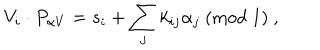
V _ { i } \cdot P _ { \alpha V } = s _ { i } + \sum _ { j } k _ { i j } \alpha _ { j } ~ ( { \mathrm { m o d } } ~ 1 ) ~ ,